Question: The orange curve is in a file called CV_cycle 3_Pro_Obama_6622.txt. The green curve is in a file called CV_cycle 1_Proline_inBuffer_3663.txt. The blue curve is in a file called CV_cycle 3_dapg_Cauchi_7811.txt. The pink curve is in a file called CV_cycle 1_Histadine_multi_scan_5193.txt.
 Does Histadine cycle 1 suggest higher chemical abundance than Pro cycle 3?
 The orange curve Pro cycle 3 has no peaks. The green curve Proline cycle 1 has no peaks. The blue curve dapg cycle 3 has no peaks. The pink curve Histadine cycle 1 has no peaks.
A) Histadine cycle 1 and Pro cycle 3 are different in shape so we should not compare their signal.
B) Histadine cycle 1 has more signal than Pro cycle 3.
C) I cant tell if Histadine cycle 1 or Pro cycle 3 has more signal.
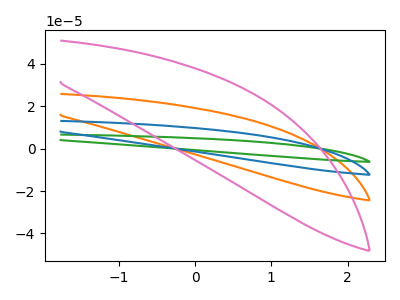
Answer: <think>Neither "Histadine cycle 1" or "Pro cycle 3" have any peaks.
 </think>
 <answer>C) I cant tell if "Histadine cycle 1" or "Pro cycle 3" has more signal.</answer>
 <eval>C</eval>